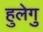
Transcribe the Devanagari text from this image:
हुलेगु